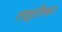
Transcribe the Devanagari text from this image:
लइलैका